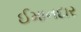
ઈમાનદાર